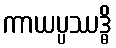
ကာယပ္ပဿဒ္ဓိ